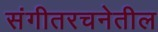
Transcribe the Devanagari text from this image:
संगीतरचनेतील